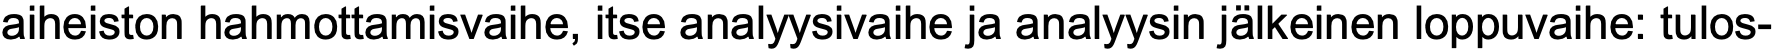
aiheiston hahmottamisvaihe, itse analyysivaihe ja analyysin jälkeinen loppuvaihe: tulos-